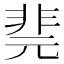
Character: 𩇲